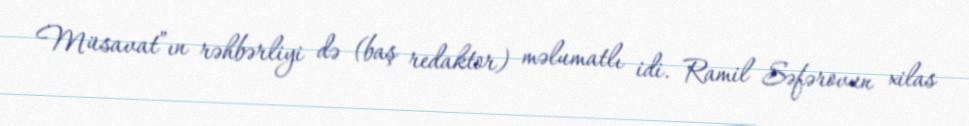
Müsavat”ın rəhbərliyi də (baş redaktor) məlumatlı idi. Ramil Səfərovun xilas